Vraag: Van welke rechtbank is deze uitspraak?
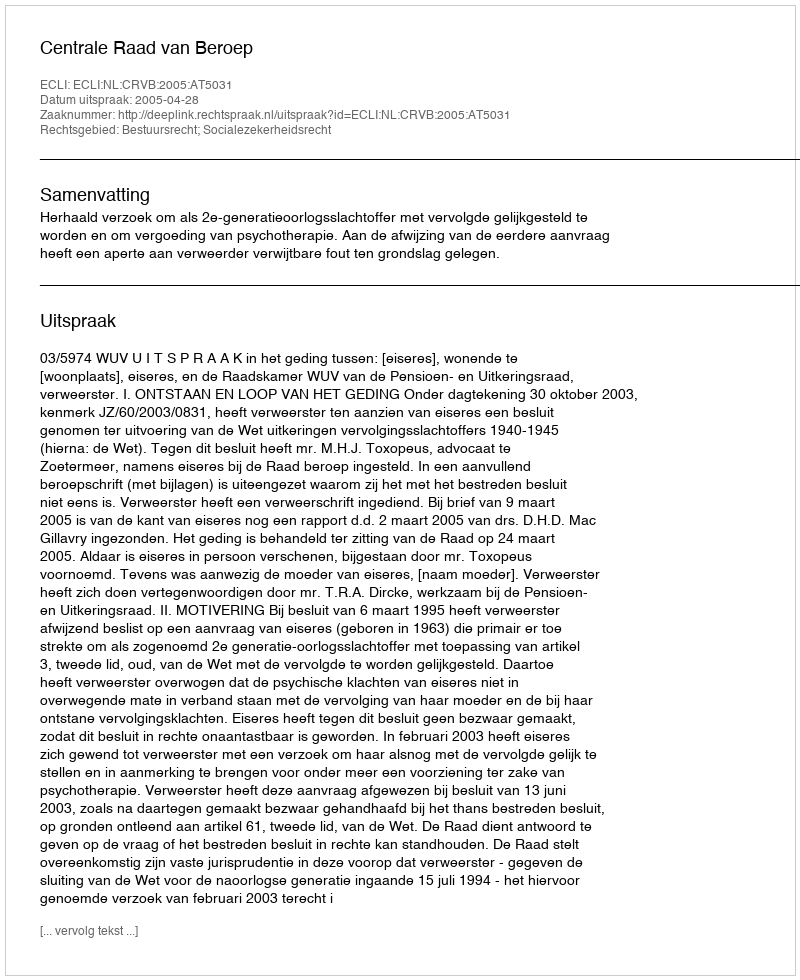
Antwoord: Centrale Raad van Beroep